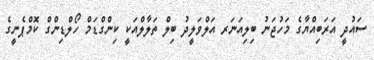
ސައުދީ އަރަބިއްޔާގެ މަހުޖަނު ބިލިއަނަރ އަލްވަލީދު ބިލް ތަލާލްއަކީ ކިންގްޑަމް ހޯލްޑިންގް ކޮމްޕެނީގެ